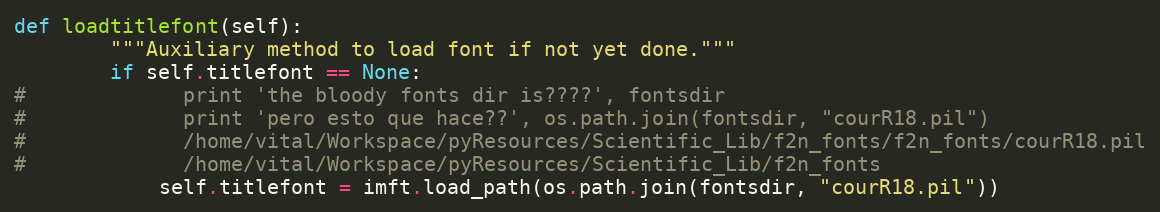
Language: Python
def loadtitlefont(self):
        """Auxiliary method to load font if not yet done."""
        if self.titlefont == None:
#             print 'the bloody fonts dir is????', fontsdir
#             print 'pero esto que hace??', os.path.join(fontsdir, "courR18.pil")
#             /home/vital/Workspace/pyResources/Scientific_Lib/f2n_fonts/f2n_fonts/courR18.pil
#             /home/vital/Workspace/pyResources/Scientific_Lib/f2n_fonts
            self.titlefont = imft.load_path(os.path.join(fontsdir, "courR18.pil"))